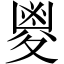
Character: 𡕰